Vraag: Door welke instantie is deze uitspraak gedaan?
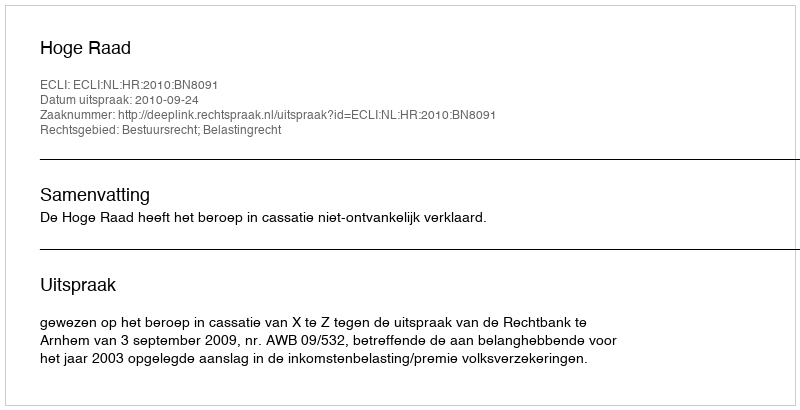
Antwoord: Hoge Raad